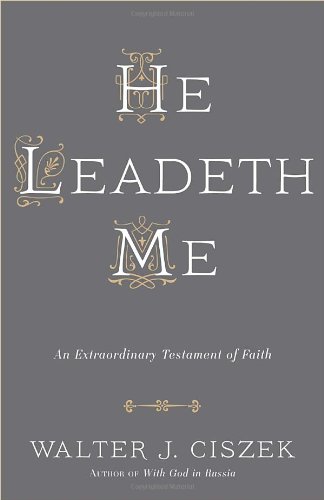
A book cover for He Leadeth Me; Walter J. Ciszek S.J.; Christian Books & Bibles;